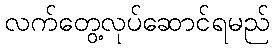
လက်တွေ့လုပ်ဆောင်ရမည်